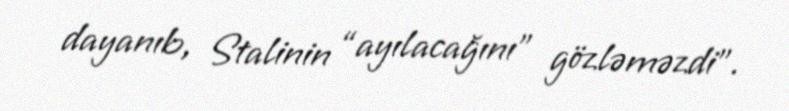
dayanıb, Stalinin “ayılacağını” gözləməzdi”.